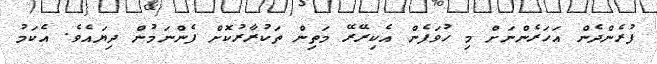
ފުރެންދެން އަހަރެންނަށް މި ހުވަފެން އެކިރޭރޭ މަތިން ތަކުރާރުކޮށް ފެންނަމުން ދިޔައެވެ. އެކަމު